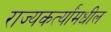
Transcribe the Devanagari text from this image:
राज्यकर्त्यांमधील